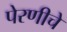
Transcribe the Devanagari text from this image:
पेरणीचे